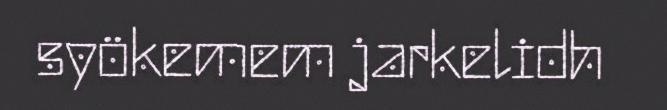
syökemem jarkelidh